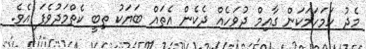
މެދު ހަމަހަމަކަން ގާއިމް ދުވަހެއް ދެކެން އެތައް ބަޔަކު ތިބީ ކެތްމަދުވެފަ އެވެ.